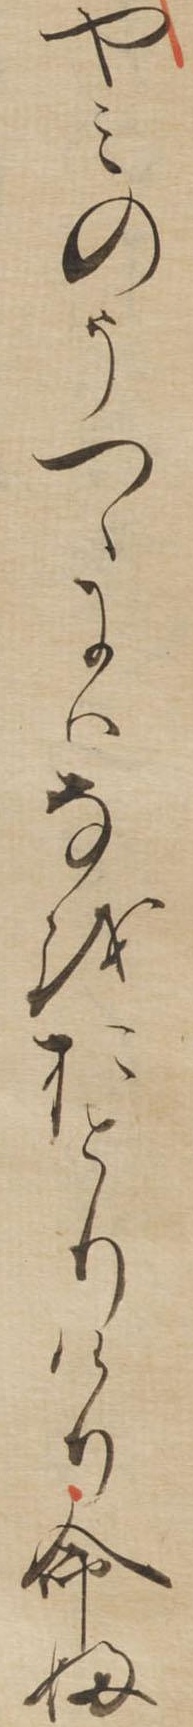
やみのうつゝにはなをおとりけり命婦